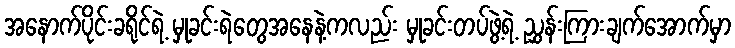
အနောက်ပိုင်းခရိုင်ရဲ့ မှုခင်းရဲတွေအနေနဲ့ကလည်း မှုခင်းတပ်ဖွဲ့ရဲ့ ညွှန်းကြားချက်အောက်မှာ